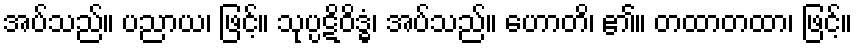
အပ်သည်။ ပညာယ၊ ဖြင့်။ သုပ္ပဋိဝိဒ္ဓံ၊ အပ်သည်။ ဟောတိ၊ ၏။ တထာတထာ၊ ဖြင့်။